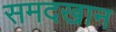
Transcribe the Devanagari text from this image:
समदखान